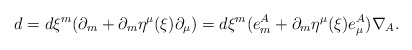
\begin{align*}d = d\xi^m (\partial_m + \partial_m \eta^\mu (\xi ) \partial_\mu ) = d\xi^m (e^A_m + \partial_m \eta^\mu (\xi ) e_\mu^{A}) \nabla_{A} .\end{align*}